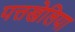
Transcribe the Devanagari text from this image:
पत्तखेलिया